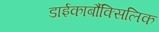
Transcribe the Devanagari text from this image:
डाईकार्बौक्सिलिक